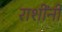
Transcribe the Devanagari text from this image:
राशींनी